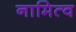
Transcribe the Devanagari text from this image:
नामित्व